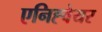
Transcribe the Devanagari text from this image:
एनिह्वेयर